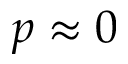
p \approx 0